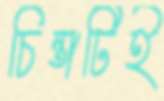
চিন্তাটিই